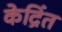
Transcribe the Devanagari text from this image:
केद्रिंत